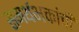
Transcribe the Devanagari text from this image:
समर्थभक्तांची